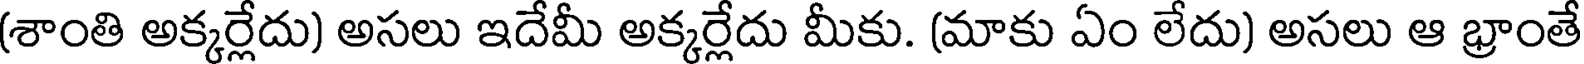
(శాంతి అక్కర్లేదు) అసలు ఇదేమీ అక్కర్లేదు మీకు. (మాకు ఏం లేదు) అసలు ఆ భ్రాంతే